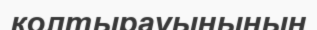
қолтырауынының